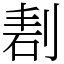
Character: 剨